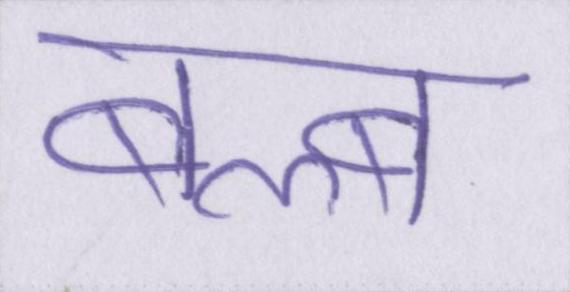
बल्ब